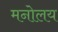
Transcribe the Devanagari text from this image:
मनोलय